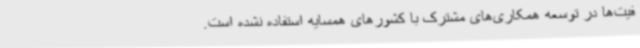
فیت‌ها در توسعه همکاری‌های مشترک با کشورهای همسایه استفاده نشده است.